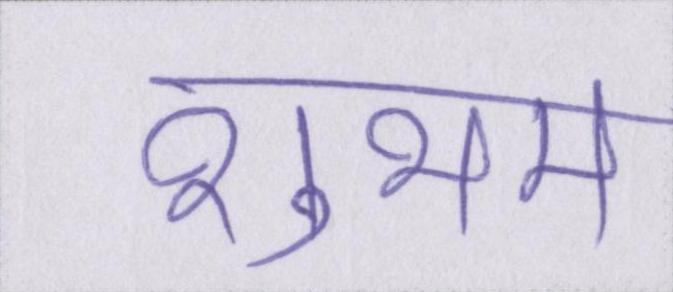
शुभम